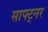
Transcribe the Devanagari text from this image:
साफ्ट्नर